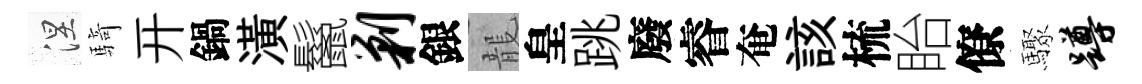
涅騎开鍋潢鬣剿銀龍皇跳廢睿奄該梳眙僚驟蹲